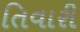
તિવારી